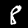
Label: 8